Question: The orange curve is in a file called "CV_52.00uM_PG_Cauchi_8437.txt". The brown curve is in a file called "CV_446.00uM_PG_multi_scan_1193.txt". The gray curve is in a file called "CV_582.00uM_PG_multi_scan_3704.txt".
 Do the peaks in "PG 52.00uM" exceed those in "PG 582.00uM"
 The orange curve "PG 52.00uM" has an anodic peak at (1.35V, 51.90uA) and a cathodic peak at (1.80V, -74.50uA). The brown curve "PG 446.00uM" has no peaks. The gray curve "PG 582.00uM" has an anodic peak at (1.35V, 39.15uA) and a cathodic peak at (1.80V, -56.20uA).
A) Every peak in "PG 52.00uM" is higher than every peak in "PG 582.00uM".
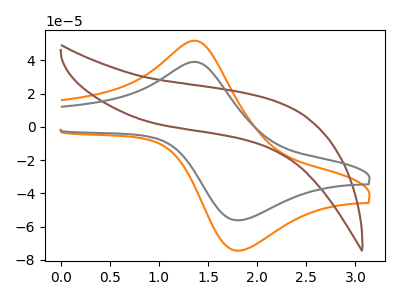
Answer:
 <answer>A) Every peak in "PG 52.00uM" is higher than every peak in "PG 582.00uM".</answer>
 <eval>A</eval>